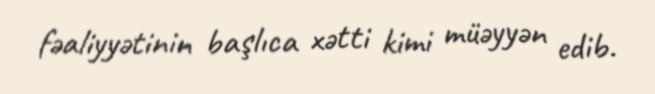
fəaliyyətinin başlıca xətti kimi müəyyən edib.